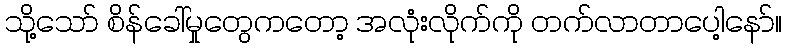
သို့သော် စိန်ခေါ်မှုတွေကတော့ အလုံးလိုက်ကို တက်လာတာပေါ့နော်။